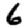
Digit: 6